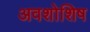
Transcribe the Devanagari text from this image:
अवशोशिष